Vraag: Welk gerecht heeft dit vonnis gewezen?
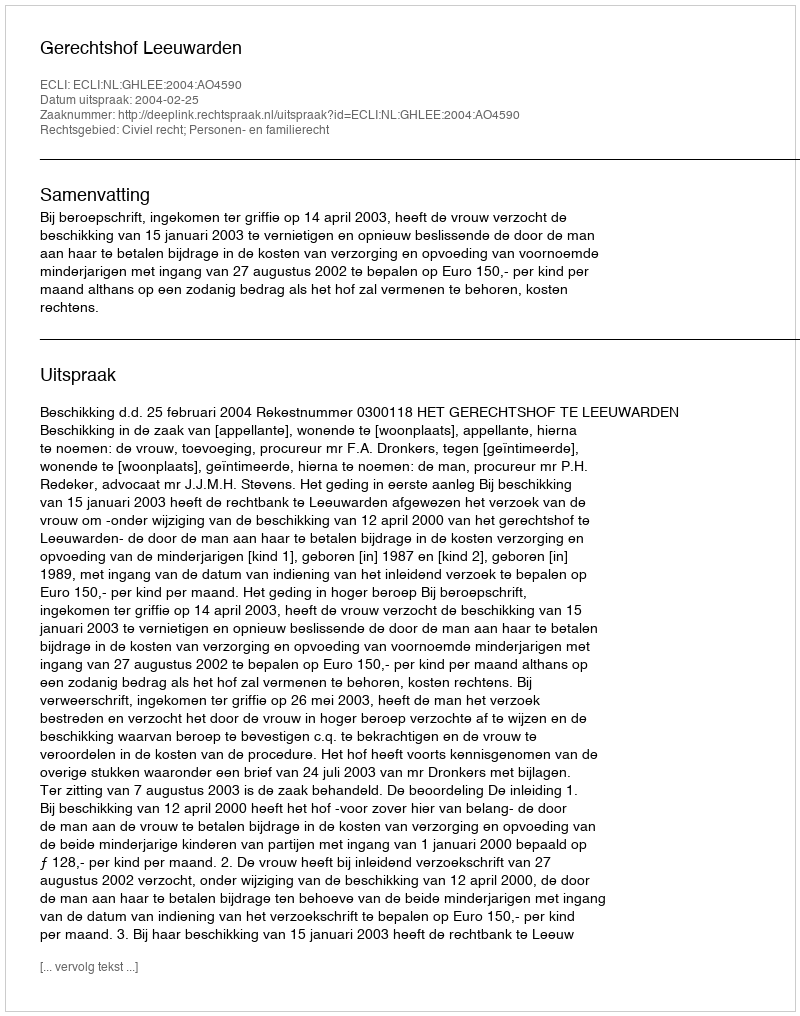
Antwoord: Gerechtshof Leeuwarden